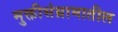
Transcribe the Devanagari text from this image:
मुक्तीसंग्रामातील